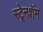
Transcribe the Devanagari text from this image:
स्ट्रेनशॅम